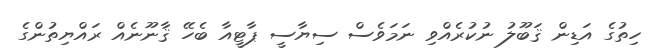
ހިތުގެ އަޑިން ޤަބޫލު ނުކުރެއްވި ނަމަވެސް ސިޔާސީ ޕާޓީއާ ބެހޭ ޤާނޫނެއް ރައްޔިތުންގެ